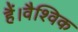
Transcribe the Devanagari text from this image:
हैं।वैश्विक